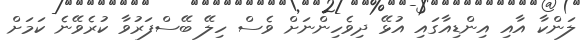
ލަންކާ އާއި އިންޑިއާގައި އުޅޭ ދިވެހިންނަށް ވެސް ހިލޭ ބޭސްފަރުވާ ކުރެވޭނެ ކަމަށް